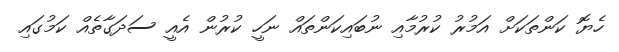
ހެޔޮ ކަންތަކަށް އަމުރު ކުރުމާއި ނުބައިކަންތައް ނަހީ ކުރުން އެއީ ސަދަގާތެއް ކަމުގައި